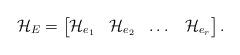
LaTeX: \begin{align*}\mathcal{H}_{E} & = \begin{bmatrix}\mathcal{H}_{e_{1}} & \mathcal{H}_{e_{2}} & \dots & \mathcal{H}_{e_{r}}\end{bmatrix}.\end{align*}